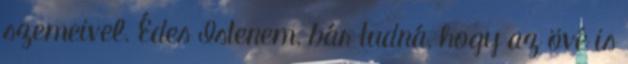
szemeivel. Édes Istenem, bár tudná, hogy az övé is